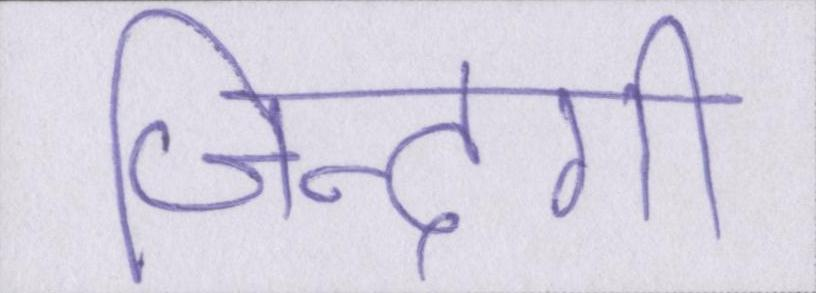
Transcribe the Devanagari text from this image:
जिन्दगी